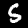
Label: 5